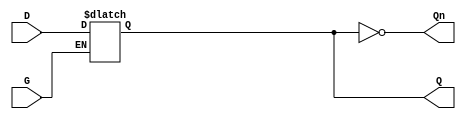
module async_gated_latch (
    input wire D,        // Data input
    input wire G,        // Enable (gate) signal
    output reg Q,        // Output
    output wire Qn       // Complement of output
);

// Assigning the complement of output Q
assign Qn = ~Q;

always @(*) begin
    if (G) begin
        Q = D;  // When G is high, Q follows D
    end
    // If G is low, Q retains its last value (hold state)
end

endmodule